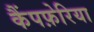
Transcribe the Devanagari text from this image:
कैंपफ़ेरिया